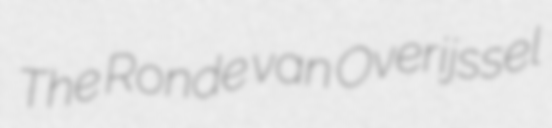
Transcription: The Ronde van Overijssel